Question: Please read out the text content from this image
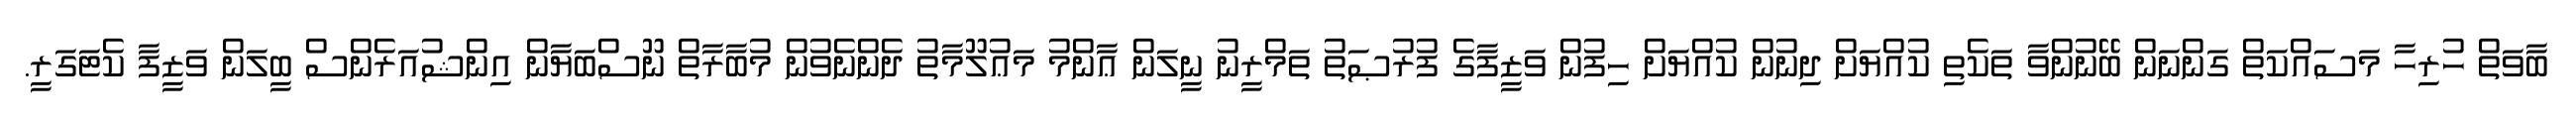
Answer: ބާވަތް ހުރިހާ މަސައްކަތް ގަންނަން ބޭނުންވާ ތަކެތި ކުއްޔަށް ދިނުން ކުއްޔަށް ހިފުން ވަޒީފާގެ ފުރުޞަތު ތަމްރީނު ނީލަން ޢާންމު މަޢުލޫމާތު ދެންނެވުން މުބާރާތް ނޫސްބަޔާން އިންޝުއަރެންސް ބީލަން ވަޒީފާ ކެޓަގަރީ.